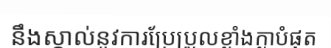
នឹងស្គាល់នូវការប្រែប្រួលខ្លាំងក្លាបំផុត